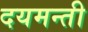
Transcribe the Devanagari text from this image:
दयमन्ती